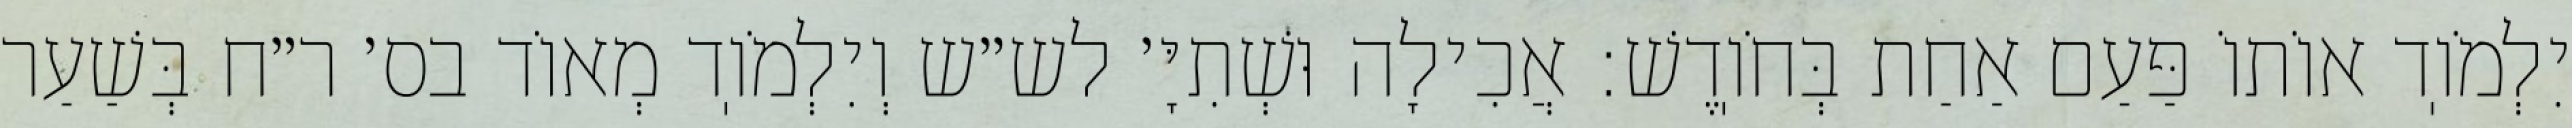
יִלְמֹוֽד אוֹתוֹ פַּעַם אַחַת בְּחֹוֽדֶשׁ: אֲכִילָה וּשְׁתִיָּ׳ לש״ש וְיִלְמֹוֽד מְאוֹד בס׳ ר״ח בְּשַׁעַר